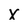
Character: x